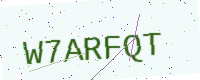
Text: W7ARFQT